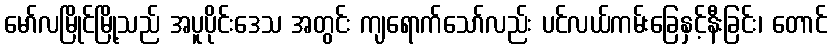
မော်လမြိုင်မြို့သည် အပူပိုင်းဒေသ အတွင်း ကျရောက်သော်လည်း ပင်လယ်ကမ်းခြေနှင့်နီးခြင်း၊ တောင်